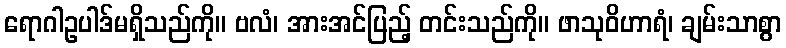
ရောဂါဥပါဒ်မရှိသည်ကို။ ဗလံ၊ အားအင်ပြည့် တင်းသည်ကို။ ဖာသုဝိဟာရံ၊ ချမ်းသာစွာ